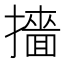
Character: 𭢲